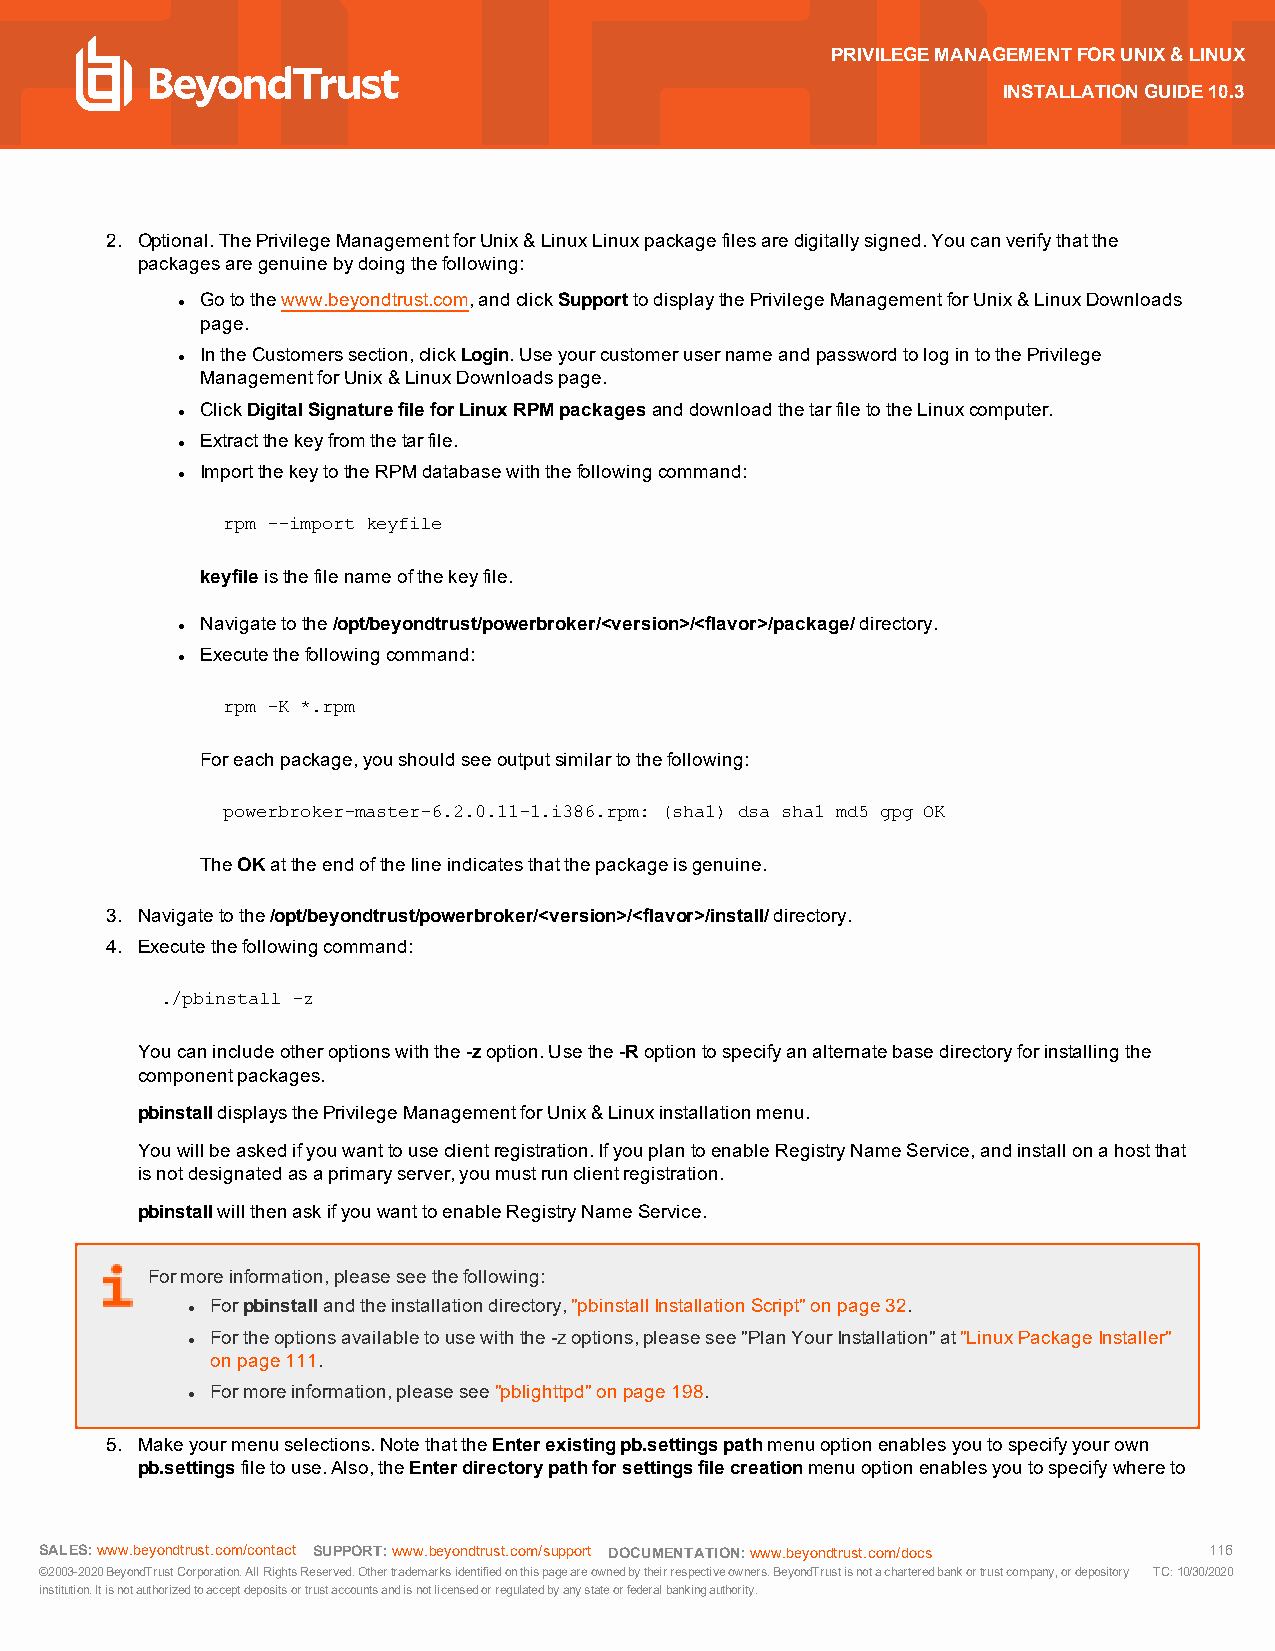
PRIVILEGEMANAGEMENTFORUNIX&LINUX
 INSTALLATIONGUIDE10.3
 2. Optional.ThePrivilegeManagementforUnix&LinuxLinuxpackagefilesaredigitallysigned.Youcanverifythatthe
 packagesaregenuinebydoingthefollowing:
 Gotothewww.beyondtrust.com,andclickSupporttodisplaythePrivilegeManagementforUnix&LinuxDownloads
 l
 page.
 IntheCustomerssection,clickLogin.UseyourcustomerusernameandpasswordtologintothePrivilege
 l
 ManagementforUnix&LinuxDownloadspage.
 ClickDigitalSignaturefileforLinuxRPMpackagesanddownloadthetarfiletotheLinuxcomputer.
 l
 Extractthekeyfromthetarfile.
 l
 ImportthekeytotheRPMdatabasewiththefollowingcommand:
 l
 rpm --import keyfile
 keyfileisthefilenameofthekeyfile.
 Navigatetothe/opt/beyondtrust/powerbroker/<version>/<flavor>/package/directory.
 l
 Executethefollowingcommand:
 l
 rpm -K *.rpm
 Foreachpackage,youshouldseeoutputsimilartothefollowing:
 powerbroker-master-6.2.0.11-1.i386.rpm: (sha1) dsa sha1 md5 gpg OK
 TheOKattheendofthelineindicatesthatthepackageisgenuine.
 3. Navigatetothe/opt/beyondtrust/powerbroker/<version>/<flavor>/install/directory.
 4. Executethefollowingcommand:
 ./pbinstall -z
 Youcanincludeotheroptionswiththe-zoption.Usethe-Roptiontospecifyanalternatebasedirectoryforinstallingthe
 componentpackages.
 pbinstalldisplaysthePrivilegeManagementforUnix&Linuxinstallationmenu.
 Youwillbeaskedifyouwanttouseclientregistration.IfyouplantoenableRegistryNameService,andinstallonahostthat
 isnotdesignatedasaprimaryserver,youmustrunclientregistration.
 pbinstallwillthenaskifyouwanttoenableRegistryNameService.
 Formoreinformation,pleaseseethefollowing:
 Forpbinstallandtheinstallationdirectory,"pbinstallInstallationScript"onpage32.
 l
 Fortheoptionsavailabletousewiththe-zoptions,pleasesee"PlanYourInstallation"at"LinuxPackageInstaller"
 l
 onpage111.
 Formoreinformation,pleasesee"pblighttpd"onpage198.
 l
 5. Makeyourmenuselections.NotethattheEnterexistingpb.settingspathmenuoptionenablesyoutospecifyyourown
 pb.settingsfiletouse.Also,theEnterdirectorypathforsettingsfilecreationmenuoptionenablesyoutospecifywhereto
 SALES:www.beyondtrust.com/contact SUPPORT:www.beyondtrust.com/support DOCUMENTATION:www.beyondtrust.com/docs 116
 ©2003-2020BeyondTrustCorporation.AllRightsReserved.Othertrademarksidentifiedonthispageareownedbytheirrespectiveowners.BeyondTrustisnotacharteredbankortrustcompany,ordepository TC:10/30/2020
 institution.Itisnotauthorizedtoacceptdepositsortrustaccountsandisnotlicensedorregulatedbyanystateorfederalbankingauthority.